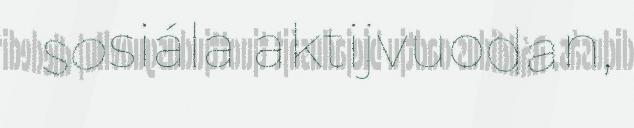
sosiála aktijvuodan,